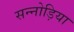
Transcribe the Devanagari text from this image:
सन्नोड़िया